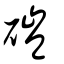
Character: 磑